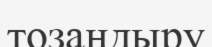
тозаңдыру